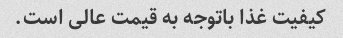
کیفیت غذا باتوجه به قیمت عالی است.